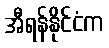
အီရန်နိုင်ငံက